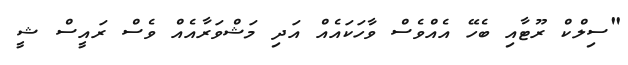
"ސިލްކް ރޫޓާއި ބެހޭ އެއްވެސް ވާހަކައެއް އަދި މަޝްވަރާއެއް ވެސް ރައީސް ޝީ